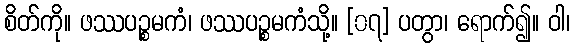
စိတ်ကို။ ဖဿပဉ္စမကံ၊ ဖဿပဉ္စမကံသို့။ [၀၇] ပတွာ၊ ရောက်၍။ ဝါ၊